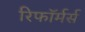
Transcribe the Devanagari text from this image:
रिफॉर्मर्स